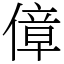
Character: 傽